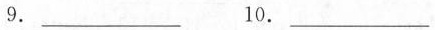
9.___ 10.___